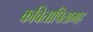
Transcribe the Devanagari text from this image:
कवितापितामह